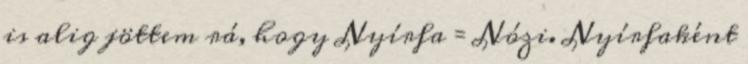
is alig jöttem rá, hogy Nyírfa = Nózi. Nyírfaként